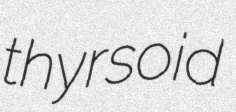
thyrsoid